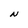
Character: N